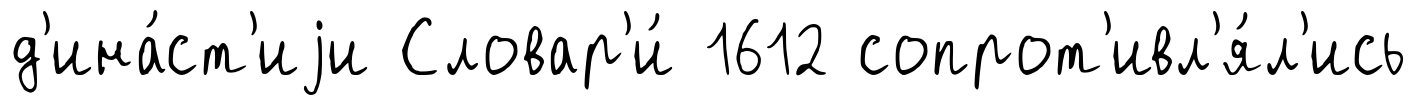
д'ина́ст'иjи Словар'и́ 1612 сопрот'ивл'я́л'ись